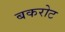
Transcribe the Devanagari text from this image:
बकरोट